Indian journal of veterinary science and animal husbandry - Volumes 26-27, 1956-1957
Year: 1956
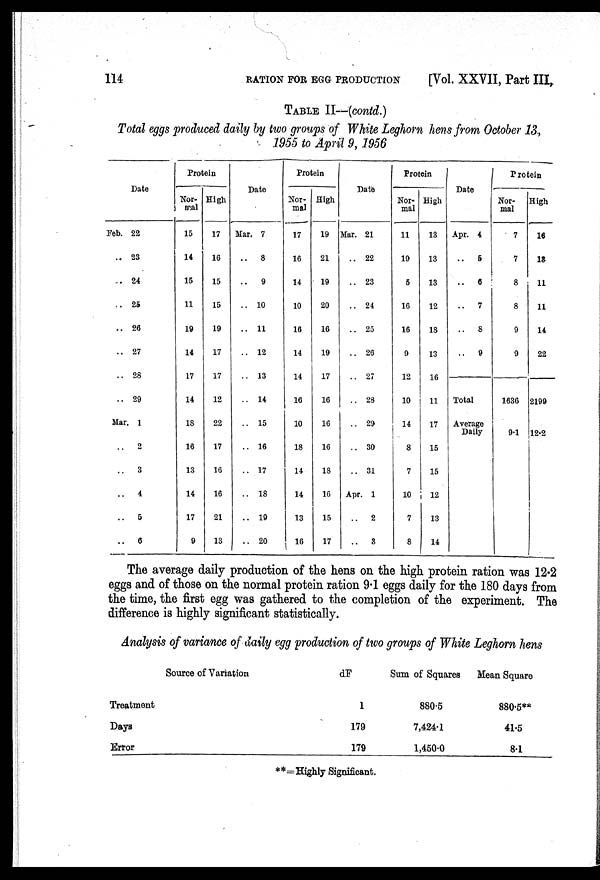
114
RATION FOE EGG PRODUCTION
[Vol. XXVII, Part II
TABLE III—(contd.)
Total eggs produced daily by two groups of White Leghorn hens from October 13,
1955 to April 9, 1956
Date
Feb. 22
.. 23
.. 24
.. 25
.. 26
.. 27
.. 28
.. 29
Mar. 1
..
2
..
3
..
4
..
5
..
6
Protein
Normal
15
14
15
11
19
14
17
14
18
16
13
14
17
9
High
17
16
15
15
19
17
17
12
22
17
16
16
21
13
Date
Mar. 7
..
8
..
9
.. 10
.. 11
.. 12
.. 13
.. 14
.. 15
.. 16
.. 17
.. 18
.. 19
.. 20
Protein
Normal
17
16
14
10
16
14
14
16
10
18
14
14
13
16
High
19
21
19
20
16
19
17
16
16
16
18
16
15
17
Date
Mar. 21
.. 22
.. 23
.. 24
.. 25
.. 26
.. 27
.. 28
.. 29
.. 30
.. 31
Apr. 1
..
2
..
3
Protein
Normal
11
19
5
16
16
9
12
10
14
8
7
10
7
8
High
13
13
13
12
18
13
16
11
17
15
15
12
13
14
Date
Apr. 4
..
5
..
6
..
7
..
8
..
9
total
Average
Daily
Protein
Normal
7
7
8
8
9
9
1636
9.1
High
16
18
11
11
14
22
2199
12.2
The average daily production of the hens on the high protein ration was 12.2
eggs and of those on the normal protein ration 9.1 eggs daily for the 180 days from
the time, the first egg was gathered to the completion of the experiment. The
difference is highly significant statistically.
Analysis of variance of daily egg production of two groups of White Leghorn hens
Source of Variation
Treatment
Days
Error
dF
1
179
179
Sum of Squares
880.5
7,424.1
1,450.0
Mean Square
880.5**
41.5
8.1
**=Highly Significant.